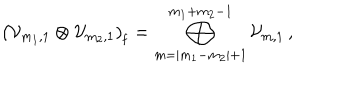
LaTeX: \left( { \cal V } _ { m _ { 1 } , 1 } \otimes { \cal V } _ { m _ { 2 } , 1 } \right) _ { \mathrm f } = \bigoplus _ { m = | m _ { 1 } - m _ { 2 } | + 1 } ^ { m _ { 1 } + m _ { 2 } - 1 } { \cal V } _ { m , 1 } \, ,